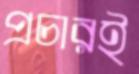
প্রচারই